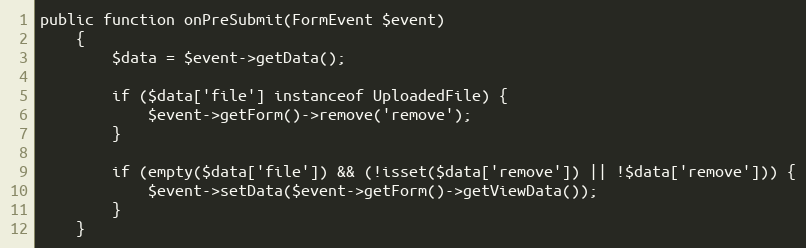
Language: PHP
public function onPreSubmit(FormEvent $event)
    {
        $data = $event->getData();

        if ($data['file'] instanceof UploadedFile) {
            $event->getForm()->remove('remove');
        }

        if (empty($data['file']) && (!isset($data['remove']) || !$data['remove'])) {
            $event->setData($event->getForm()->getViewData());
        }
    }